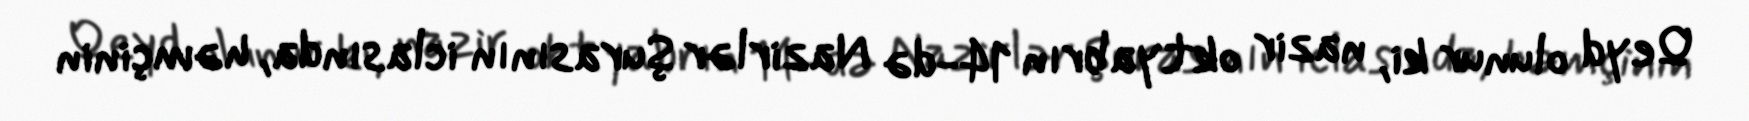
Qeyd olunur ki, nazir oktyabrın 14-də Nazirlər Şurasının iclasında, həmçinin